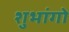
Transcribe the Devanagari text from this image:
शुभांगो